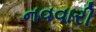
નવવારી